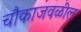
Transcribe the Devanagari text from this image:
चौकाजवळील